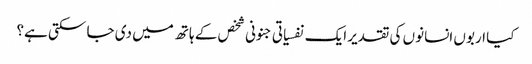
کیا اربوں انسانوں کی تقدیر ایک نفسیاتی جنونی شخص کے ہاتھ میں دی جا سکتی ہے؟